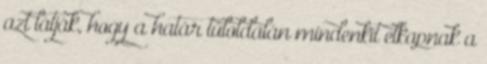
azt látják, hogy a határ túloldalán mindenkit elkapnak a